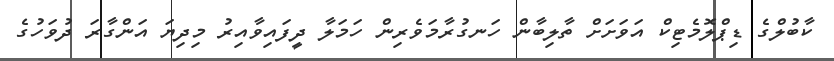
ކާބުލްގެ ޑިޕްލޮމެޓިކް އަވަށަށް ތާލިބާން ހަނގުރާމަވެރިން ހަމަލާ ދީފައިވާއިރު މިދިޔަ އަންގާރަ ދުވަހުގެ